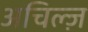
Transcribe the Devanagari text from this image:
अचिल्ज़